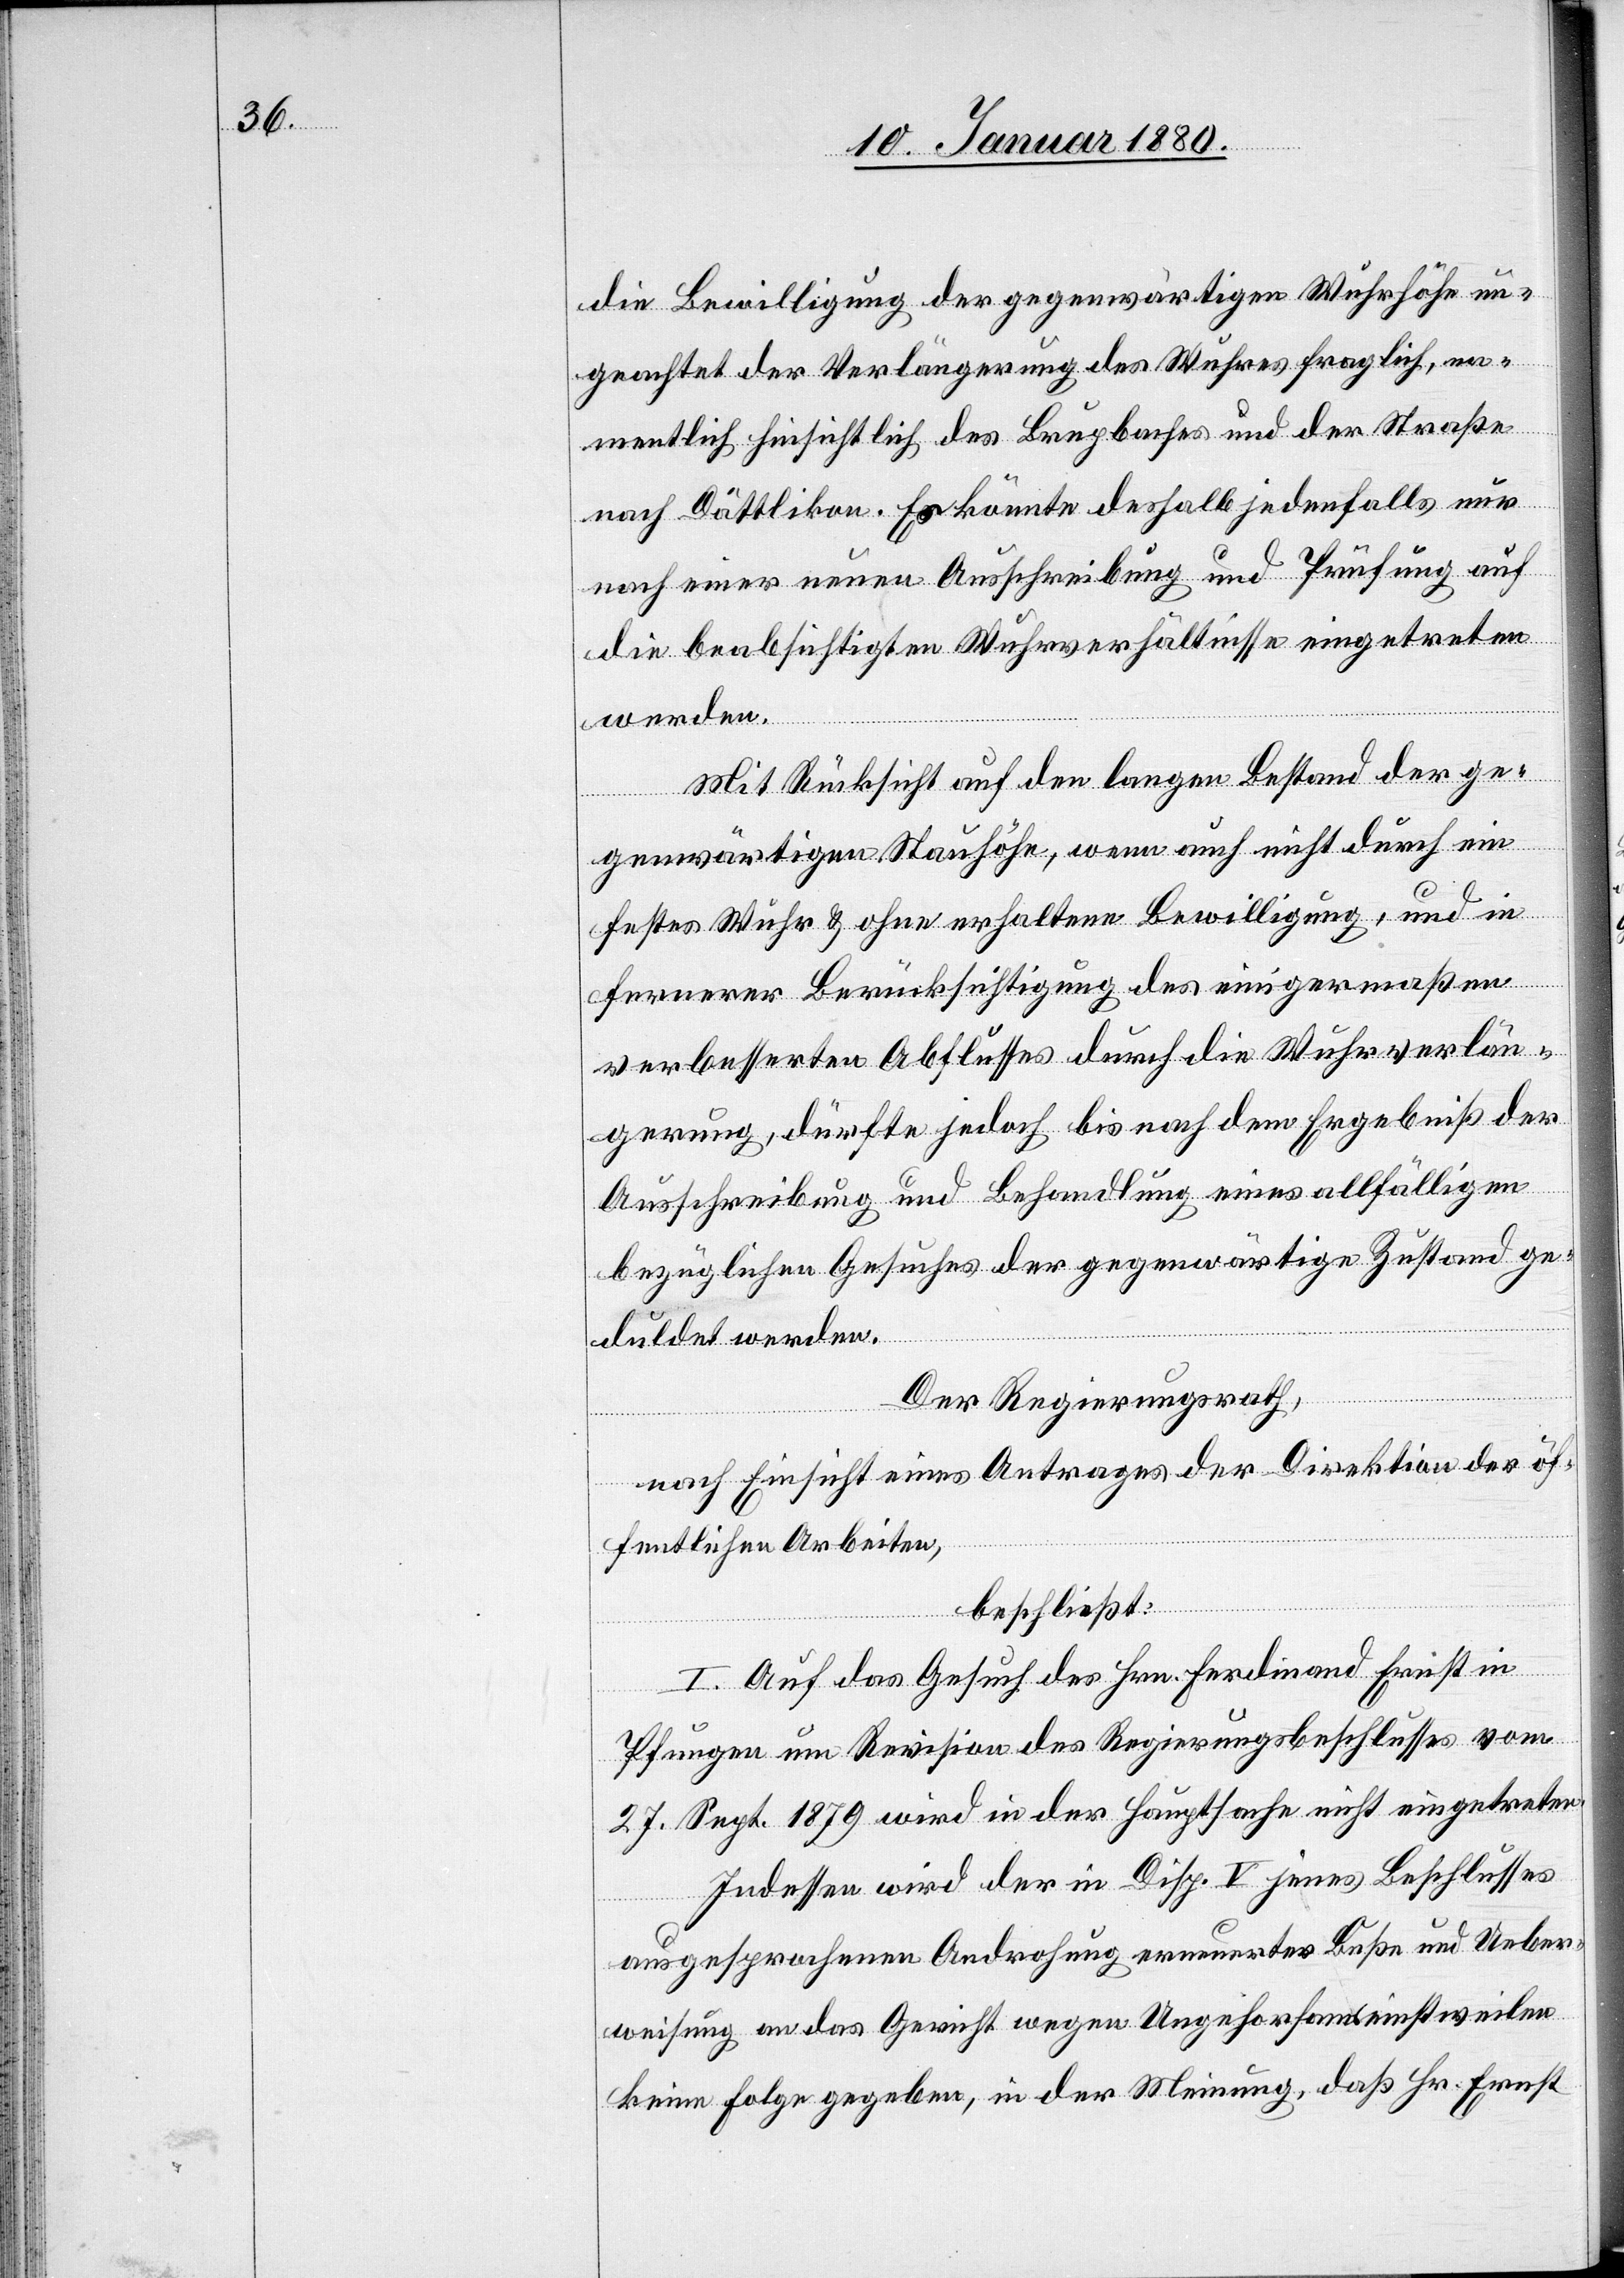
die Bewilligung der gegenwärtigen Wuhrhöhe un¬
geachtet der Verlängerung des Wuhres fraglich, na¬
mentlich hinsichtlich des Brupbaches und der Straße
nach Dättlikon. Es könnte deshalb jedenfalls nur
nach einer neuen Ausschreibung und Prüfung auf
die beabsichtigten Wuhrverhältnisse eingetreten
werden.
Mit Rücksicht auf den langen Bestand der ge¬
genwärtigen Stauhöhe, wenn auch nicht durch ein
festes Wuhr & ohne erhaltene Bewilligung, und in
fernerer Berücksichtigung des einigermaßen
verbesserten Abflusses durch die Wuhrverlän¬
gerung, dürfte jedoch bis nach dem Ergebniß der
Ausschreibung und Behandlung eines allfälligen
bezüglichen Gesuches der gegenwärtige Zustand ge¬
duldet werden.
Der Regierungsrath,
nach Einsicht eines Antrages der Direktion der öf¬
fentlichen Arbeiten,
beschließt:
I. Auf das Gesuch des Hrn. Ferdinand Ernst in
Pfungen um Revision des Regierungsbeschlusses vom
27. Sept. 1879 wird in der Hauptsache nicht eingetreten.
Indessen wird der in Disp. V jenes Beschlusses
ausgesprochene Androhung erneuerter Buße und Ueber¬
weisung an das Gericht wegen Ungehorsams einstweilen
keine Folge gegeben, in der Meinung, daß Hr. Ernst